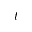
t